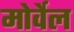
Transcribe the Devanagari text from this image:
मोर्वेल